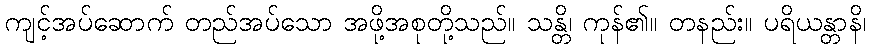
ကျင့်အပ်ဆောက် တည်အပ်သော အဖို့အစုတို့သည်။ သန္တိ၊ ကုန်၏။ တနည်း။ ပရိယန္တာနိ၊